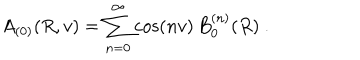
LaTeX: A _ { ( 0 ) } ( R , v ) = \sum _ { n = 0 } ^ { \infty } \cos ( n v ) \, B _ { 0 } ^ { ( n ) } ( R ) \ .